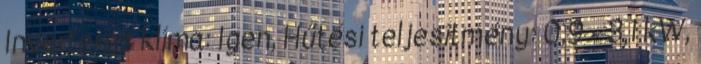
Inverteres klíma: Igen, Hűtési teljesítmény: 0,9 - 3,1 kW,